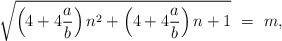
LaTeX: \begin{align*} \sqrt{\left(4+4\frac{a}{b}\right)n^2+\left(4+4\frac{a}{b}\right)n+1} \ = \ m,\end{align*}